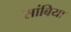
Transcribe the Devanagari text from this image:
सांबिया